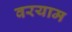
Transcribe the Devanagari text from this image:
वरयाम